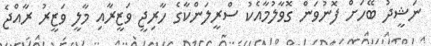
ނަޝީދު ބޭހަށް ފޮނުވަން ގޮވާލުމާއެކު ސްރީލަންކާގެ ހާރިޖީ ވަޒީރާއި މާލީ ވަޒީރު ރާއްޖެ